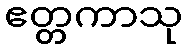
ဧတ္တကာသု